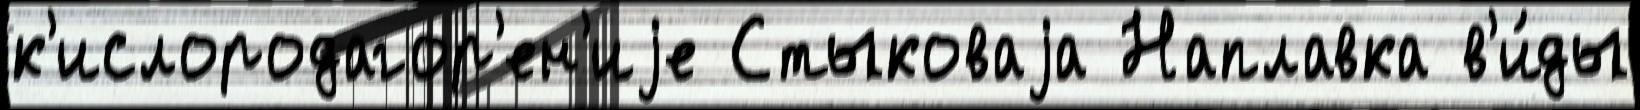
к'ислородагор'ен'иjе Стыковаjа Наплавка в'и́ды